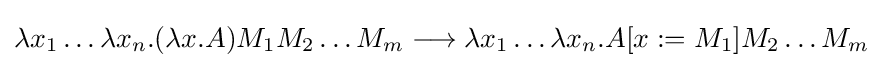
\lambda x_{1}\ldots \lambda x_{n}.(\lambda x.A)M_{1}M_{2}\ldots M_{m}\longrightarrow \lambda x_{1}\ldots \lambda x_{n}.A[x:=M_{1}]M_{2}\ldots M_{m}